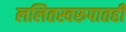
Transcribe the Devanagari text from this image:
ललितस्वरूपातही